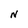
Character: N